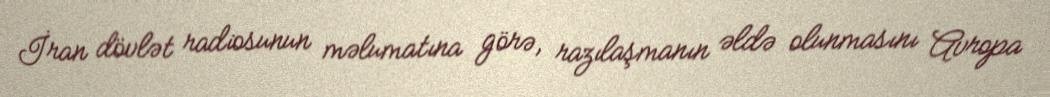
İran dövlət radiosunun məlumatına görə, razılaşmanın əldə olunmasını Avropa